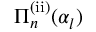
\Pi _ { n } ^ { \mathrm { ( i i ) } } ( \alpha _ { l } )